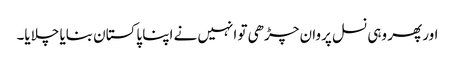
اور پھر وہی نسل پروان چڑھی تو انہیں نے اپنا پاکستان بنایا چلایا۔